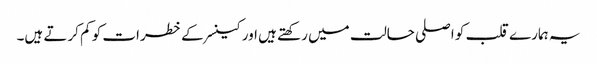
یہ ہمارے قلب کو اصلی حالت میں رکھتے ہیں اور کینسر کے خطرات کو کم کرتے ہیں۔